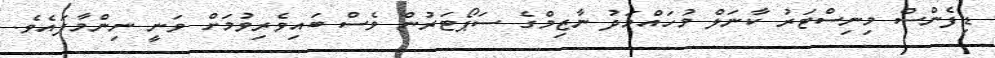
ޑިފެންސް މިނިސްޓަރު ކާނަލް މުހައްމަދު ނާޒިމްގެ ސަޕޯޓަރުން ވެސް ބައިވެރިވުމަށް ވަނީ ނިންމާފައެވެ.